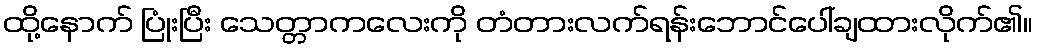
ထို့နောက် ပြုံးပြီး သေတ္တာကလေးကို တံတားလက်ရန်းဘောင်ပေါ်ချထားလိုက်၏။